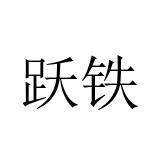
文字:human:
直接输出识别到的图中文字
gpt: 跃铁